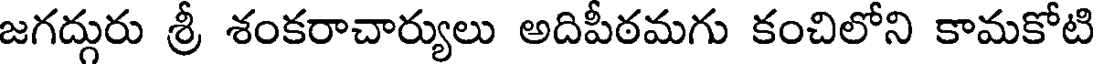
జగద్గురు శ్రీ శంకరాచార్యులు అదిపీఠమగు కంచిలోని కామకోటి